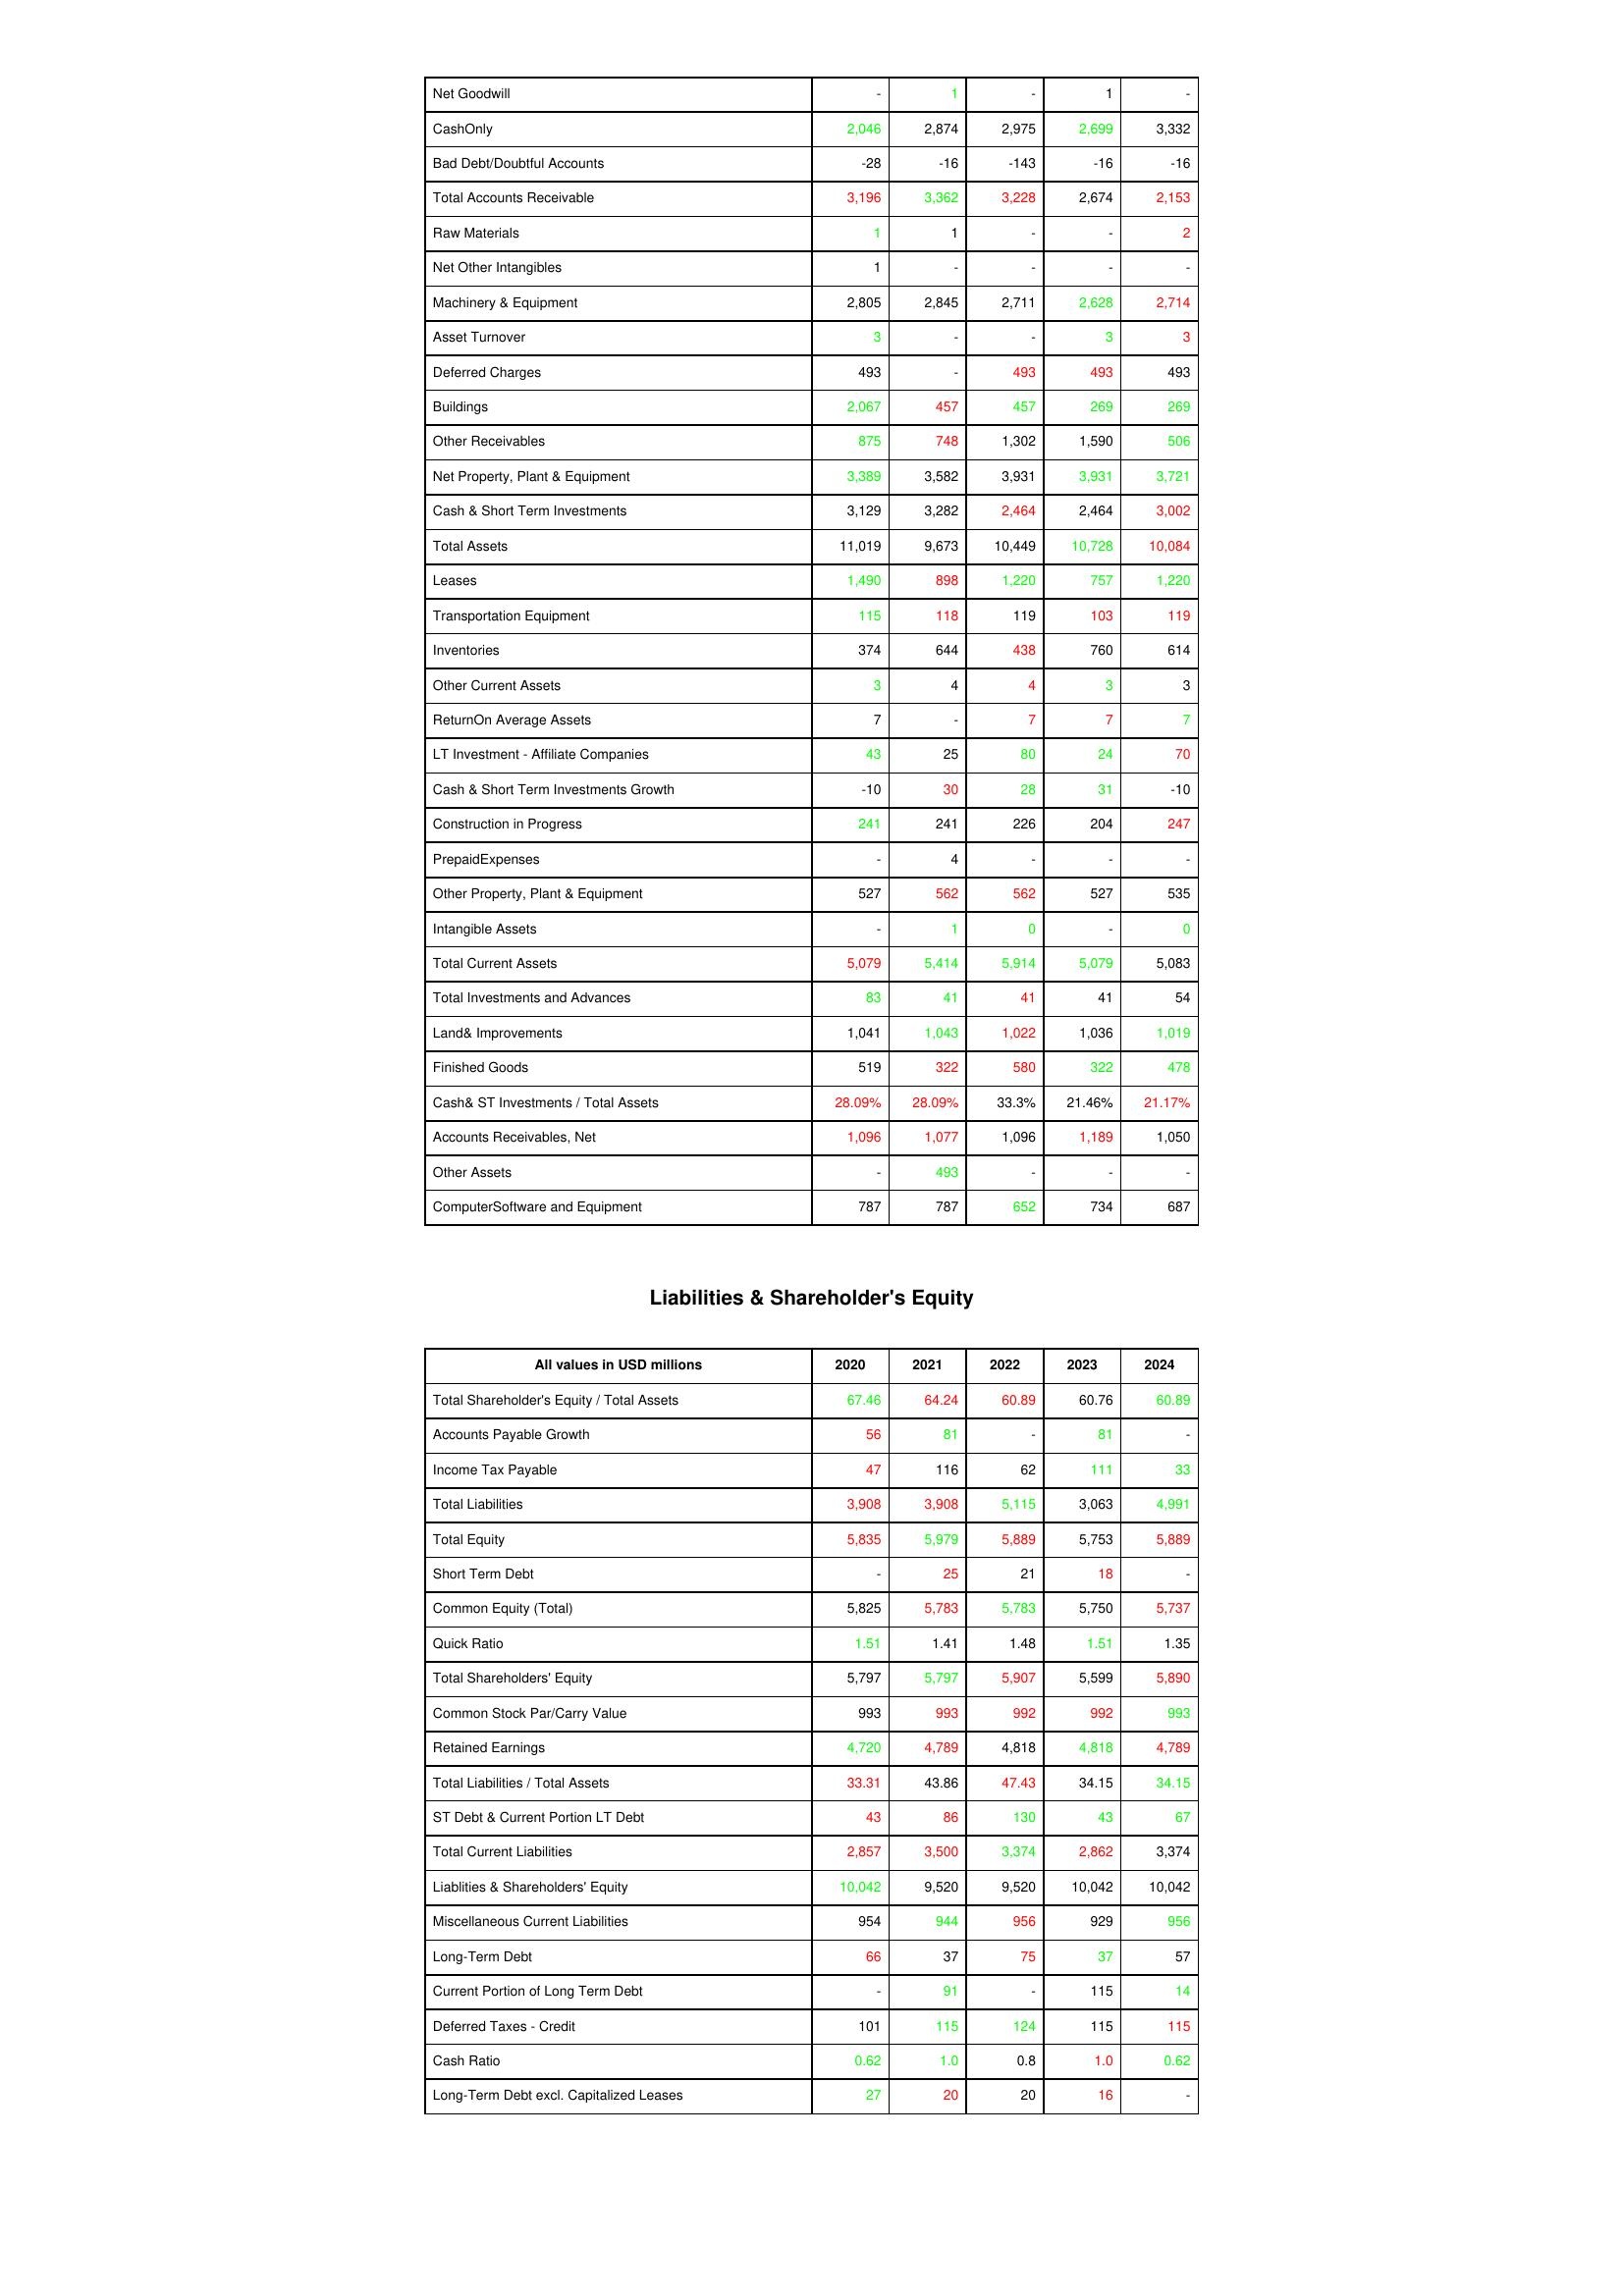
gt_parse: 2020: Assets: Net Goodwill: -
CashOnly: 2,046
Bad Debt/Doubtful Accounts: -28
Total Accounts Receivable: 3,196
Raw Materials: 1
Net Other Intangibles: 1
Machinery & Equipment: 2,805
Asset Turnover: 3
Deferred Charges: 493
Buildings: 2,067
Other Receivables: 875
Net Property, Plant & Equipment: 3,389
Cash & Short Term Investments: 3,129
Total Assets: 11,019
Leases: 1,490
Transportation Equipment: 115
Inventories: 374
Other Current Assets: 3
ReturnOn Average Assets: 7
LT Investment - Affiliate Companies: 43
Cash & Short Term Investments Growth: -10
Construction in Progress: 241
PrepaidExpenses: -
Other Property, Plant & Equipment: 527
Intangible Assets: -
Total Current Assets: 5,079
Total Investments and Advances: 83
Land& Improvements: 1,041
Finished Goods: 519
Cash& ST Investments / Total Assets: 28.09%
Accounts Receivables, Net: 1,096
Other Assets: -
ComputerSoftware and Equipment: 787
Liabilities & Shareholder's Equity: Total Shareholder's Equity / Total Assets: 67.46
Accounts Payable Growth: 56
Income Tax Payable: 47
Total Liabilities: 3,908
Total Equity: 5,835
Short Term Debt: -
Common Equity (Total): 5,825
Quick Ratio: 1.51
Total Shareholders' Equity: 5,797
Common Stock Par/Carry Value: 993
Retained Earnings: 4,720
Total Liabilities / Total Assets: 33.31
ST Debt & Current Portion LT Debt: 43
Total Current Liabilities: 2,857
Liablities & Shareholders' Equity: 10,042
Miscellaneous Current Liabilities: 954
Long-Term Debt: 66
Current Portion of Long Term Debt: -
Deferred Taxes - Credit: 101
Cash Ratio: 0.62
Long-Term Debt excl. Capitalized Leases: 27
2021: Assets: Net Goodwill: 1
CashOnly: 2,874
Bad Debt/Doubtful Accounts: -16
Total Accounts Receivable: 3,362
Raw Materials: 1
Net Other Intangibles: -
Machinery & Equipment: 2,845
Asset Turnover: -
Deferred Charges: -
Buildings: 457
Other Receivables: 748
Net Property, Plant & Equipment: 3,582
Cash & Short Term Investments: 3,282
Total Assets: 9,673
Leases: 898
Transportation Equipment: 118
Inventories: 644
Other Current Assets: 4
ReturnOn Average Assets: -
LT Investment - Affiliate Companies: 25
Cash & Short Term Investments Growth: 30
Construction in Progress: 241
PrepaidExpenses: 4
Other Property, Plant & Equipment: 562
Intangible Assets: 1
Total Current Assets: 5,414
Total Investments and Advances: 41
Land& Improvements: 1,043
Finished Goods: 322
Cash& ST Investments / Total Assets: 28.09%
Accounts Receivables, Net: 1,077
Other Assets: 493
ComputerSoftware and Equipment: 787
Liabilities & Shareholder's Equity: Total Shareholder's Equity / Total Assets: 64.24
Accounts Payable Growth: 81
Income Tax Payable: 116
Total Liabilities: 3,908
Total Equity: 5,979
Short Term Debt: 25
Common Equity (Total): 5,783
Quick Ratio: 1.41
Total Shareholders' Equity: 5,797
Common Stock Par/Carry Value: 993
Retained Earnings: 4,789
Total Liabilities / Total Assets: 43.86
ST Debt & Current Portion LT Debt: 86
Total Current Liabilities: 3,500
Liablities & Shareholders' Equity: 9,520
Miscellaneous Current Liabilities: 944
Long-Term Debt: 37
Current Portion of Long Term Debt: 91
Deferred Taxes - Credit: 115
Cash Ratio: 1.0
Long-Term Debt excl. Capitalized Leases: 20
2022: Assets: Net Goodwill: -
CashOnly: 2,975
Bad Debt/Doubtful Accounts: -143
Total Accounts Receivable: 3,228
Raw Materials: -
Net Other Intangibles: -
Machinery & Equipment: 2,711
Asset Turnover: -
Deferred Charges: 493
Buildings: 457
Other Receivables: 1,302
Net Property, Plant & Equipment: 3,931
Cash & Short Term Investments: 2,464
Total Assets: 10,449
Leases: 1,220
Transportation Equipment: 119
Inventories: 438
Other Current Assets: 4
ReturnOn Average Assets: 7
LT Investment - Affiliate Companies: 80
Cash & Short Term Investments Growth: 28
Construction in Progress: 226
PrepaidExpenses: -
Other Property, Plant & Equipment: 562
Intangible Assets: 0
Total Current Assets: 5,914
Total Investments and Advances: 41
Land& Improvements: 1,022
Finished Goods: 580
Cash& ST Investments / Total Assets: 33.3%
Accounts Receivables, Net: 1,096
Other Assets: -
ComputerSoftware and Equipment: 652
Liabilities & Shareholder's Equity: Total Shareholder's Equity / Total Assets: 60.89
Accounts Payable Growth: -
Income Tax Payable: 62
Total Liabilities: 5,115
Total Equity: 5,889
Short Term Debt: 21
Common Equity (Total): 5,783
Quick Ratio: 1.48
Total Shareholders' Equity: 5,907
Common Stock Par/Carry Value: 992
Retained Earnings: 4,818
Total Liabilities / Total Assets: 47.43
ST Debt & Current Portion LT Debt: 130
Total Current Liabilities: 3,374
Liablities & Shareholders' Equity: 9,520
Miscellaneous Current Liabilities: 956
Long-Term Debt: 75
Current Portion of Long Term Debt: -
Deferred Taxes - Credit: 124
Cash Ratio: 0.8
Long-Term Debt excl. Capitalized Leases: 20
2023: Assets: Net Goodwill: 1
CashOnly: 2,699
Bad Debt/Doubtful Accounts: -16
Total Accounts Receivable: 2,674
Raw Materials: -
Net Other Intangibles: -
Machinery & Equipment: 2,628
Asset Turnover: 3
Deferred Charges: 493
Buildings: 269
Other Receivables: 1,590
Net Property, Plant & Equipment: 3,931
Cash & Short Term Investments: 2,464
Total Assets: 10,728
Leases: 757
Transportation Equipment: 103
Inventories: 760
Other Current Assets: 3
ReturnOn Average Assets: 7
LT Investment - Affiliate Companies: 24
Cash & Short Term Investments Growth: 31
Construction in Progress: 204
PrepaidExpenses: -
Other Property, Plant & Equipment: 527
Intangible Assets: -
Total Current Assets: 5,079
Total Investments and Advances: 41
Land& Improvements: 1,036
Finished Goods: 322
Cash& ST Investments / Total Assets: 21.46%
Accounts Receivables, Net: 1,189
Other Assets: -
ComputerSoftware and Equipment: 734
Liabilities & Shareholder's Equity: Total Shareholder's Equity / Total Assets: 60.76
Accounts Payable Growth: 81
Income Tax Payable: 111
Total Liabilities: 3,063
Total Equity: 5,753
Short Term Debt: 18
Common Equity (Total): 5,750
Quick Ratio: 1.51
Total Shareholders' Equity: 5,599
Common Stock Par/Carry Value: 992
Retained Earnings: 4,818
Total Liabilities / Total Assets: 34.15
ST Debt & Current Portion LT Debt: 43
Total Current Liabilities: 2,862
Liablities & Shareholders' Equity: 10,042
Miscellaneous Current Liabilities: 929
Long-Term Debt: 37
Current Portion of Long Term Debt: 115
Deferred Taxes - Credit: 115
Cash Ratio: 1.0
Long-Term Debt excl. Capitalized Leases: 16
2024: Assets: Net Goodwill: -
CashOnly: 3,332
Bad Debt/Doubtful Accounts: -16
Total Accounts Receivable: 2,153
Raw Materials: 2
Net Other Intangibles: -
Machinery & Equipment: 2,714
Asset Turnover: 3
Deferred Charges: 493
Buildings: 269
Other Receivables: 506
Net Property, Plant & Equipment: 3,721
Cash & Short Term Investments: 3,002
Total Assets: 10,084
Leases: 1,220
Transportation Equipment: 119
Inventories: 614
Other Current Assets: 3
ReturnOn Average Assets: 7
LT Investment - Affiliate Companies: 70
Cash & Short Term Investments Growth: -10
Construction in Progress: 247
PrepaidExpenses: -
Other Property, Plant & Equipment: 535
Intangible Assets: 0
Total Current Assets: 5,083
Total Investments and Advances: 54
Land& Improvements: 1,019
Finished Goods: 478
Cash& ST Investments / Total Assets: 21.17%
Accounts Receivables, Net: 1,050
Other Assets: -
ComputerSoftware and Equipment: 687
Liabilities & Shareholder's Equity: Total Shareholder's Equity / Total Assets: 60.89
Accounts Payable Growth: -
Income Tax Payable: 33
Total Liabilities: 4,991
Total Equity: 5,889
Short Term Debt: -
Common Equity (Total): 5,737
Quick Ratio: 1.35
Total Shareholders' Equity: 5,890
Common Stock Par/Carry Value: 993
Retained Earnings: 4,789
Total Liabilities / Total Assets: 34.15
ST Debt & Current Portion LT Debt: 67
Total Current Liabilities: 3,374
Liablities & Shareholders' Equity: 10,042
Miscellaneous Current Liabilities: 956
Long-Term Debt: 57
Current Portion of Long Term Debt: 14
Deferred Taxes - Credit: 115
Cash Ratio: 0.62
Long-Term Debt excl. Capitalized Leases: -